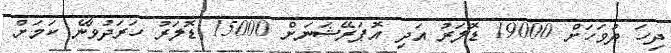
ދިހަ ދުވަހަށް 19000 ޑޮލަރު އަދި އޮޕަރޭޝަނަށް 15000 ޑޮލަރު ހަރަދުވާނެ ކަމަށް